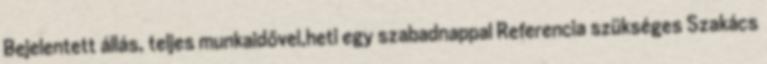
Bejelentett állás, teljes munkaidővel,heti egy szabadnappal Referencia szükséges Szakács